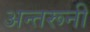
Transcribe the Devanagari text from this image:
अन्तरूनी